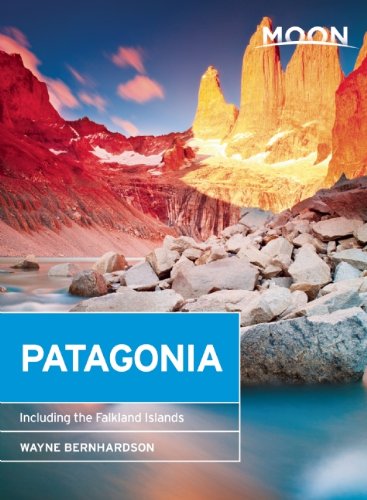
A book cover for Moon Patagonia: Including the Falkland Islands (Moon Handbooks); Wayne Bernhardson; Travel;